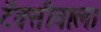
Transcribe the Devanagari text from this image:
टॅक्सीवाला